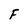
Character: F